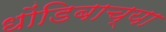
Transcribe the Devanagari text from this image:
धोंडिबाच्या